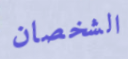
الشخصان